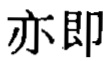
亦即